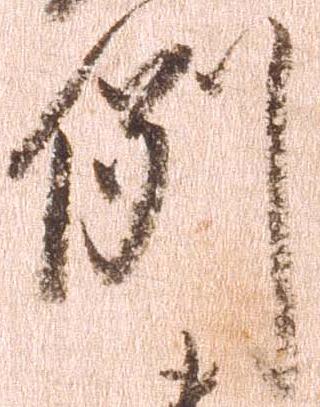
例